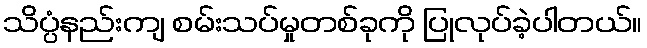
သိပ္ပံနည်းကျ စမ်းသပ်မှုတစ်ခုကို ပြုလုပ်ခဲ့ပါတယ်။